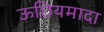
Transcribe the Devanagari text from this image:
ऊछियमादा